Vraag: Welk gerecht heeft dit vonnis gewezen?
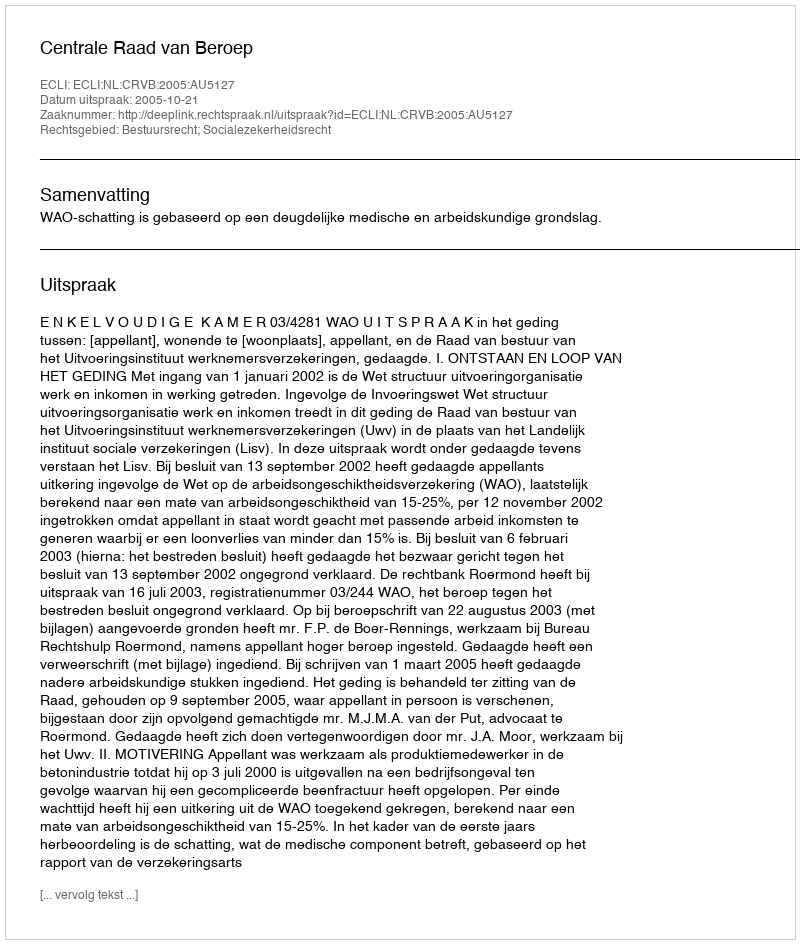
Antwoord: Centrale Raad van Beroep